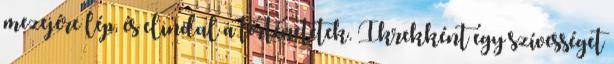
mezejére lép, és elindul a történetetek. Ikrekként egy szívességet